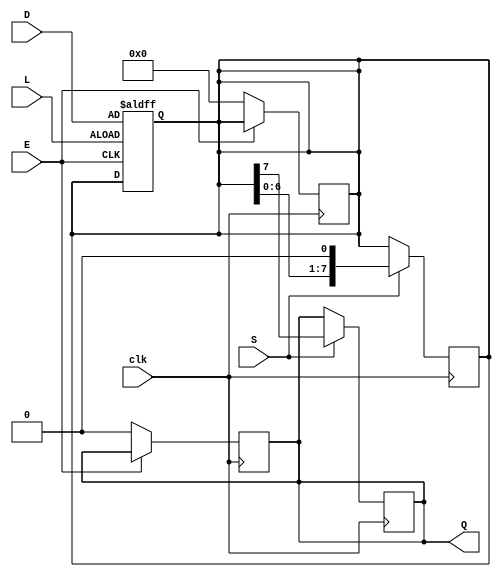
module asynchronous_PISO (
    input wire clk,          // Clock signal
    input wire [N-1:0] D,   // Parallel data input
    input wire L,           // Load signal (active high)
    input wire S,           // Shift signal (active high)
    input wire E,           // Enable signal (active high)
    output reg Q            // Serial output
);
    parameter N = 8;        // Define the width of the data input

    reg [N-1:0] shift_reg;  // Internal shift register to hold data

    always @(posedge L or posedge E) begin
        if (L) begin
            // Load the parallel data into the shift register
            shift_reg <= D;
        end else if (E) begin
            // Do nothing or implement any other enabling logic as needed
        end
    end

    always @(posedge clk) begin
        if (S) begin
            // Shift operation to output serial data
            Q <= shift_reg[N-1]; // Output the MSB to Q
            shift_reg <= {shift_reg[N-2:0], 1'b0}; // Shift left by 1
        end
    end

    // Optional reset logic (if needed)
    always @(posedge clk) begin
        if (!E) begin
            shift_reg <= 0; // Clear the shift register when disabled
            Q <= 0; // Clear output when not enabled
        end
    end

endmodule